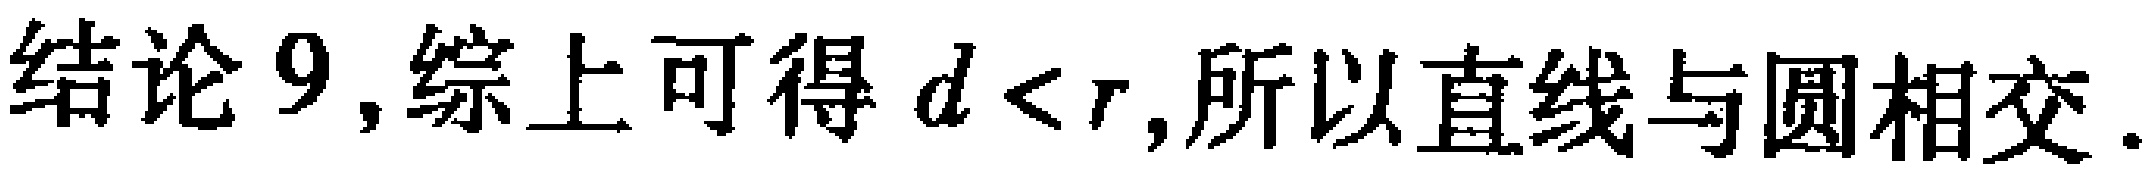
结论9,综上可得 \(d<r\),所以直线与圆相交.